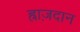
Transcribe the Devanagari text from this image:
ह्राज़दान